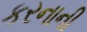
કરનાની